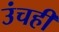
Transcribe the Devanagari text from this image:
उंचही